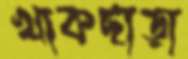
খাকছাড়া